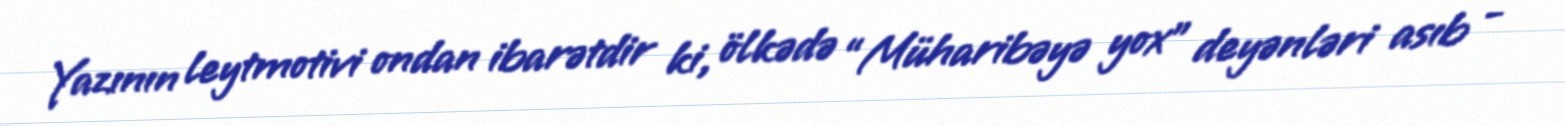
Yazının leytmotivi ondan ibarətdir ki, ölkədə “Müharibəyə yox” deyənləri asıb -